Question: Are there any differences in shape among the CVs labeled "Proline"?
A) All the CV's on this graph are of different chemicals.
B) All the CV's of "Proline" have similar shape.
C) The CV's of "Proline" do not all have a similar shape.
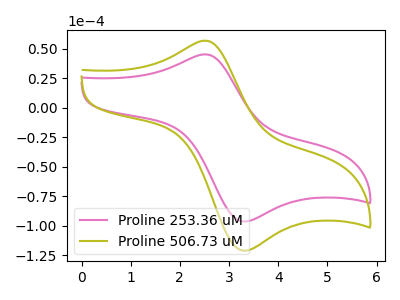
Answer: <think>The pink curve "Proline 253.36 uM" has an anodic peak at (2.55V, 45.30uA) and a cathodic peak at (3.30V, -96.45uA). The olive curve "Proline 506.73 uM" has an anodic peak at (2.55V, 56.90uA) and a cathodic peak at (3.30V, -121.25uA).
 All the peaks in "Proline 253.36 uM" have a peak in "Proline 506.73 uM" at the same potential. Every peak in "Proline 253.36 uM" is lower than every peak in "Proline 506.73 uM".</think>
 <answer>B) All the CV's of "Proline" have similar shape.</answer>
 <eval>B</eval>